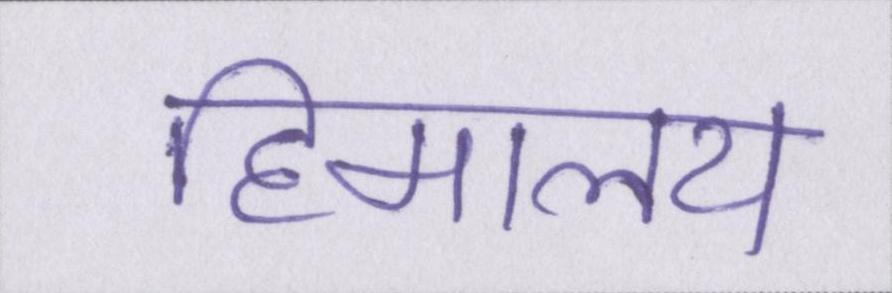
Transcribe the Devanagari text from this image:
हिमालय